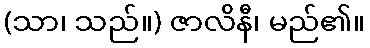
(သာ၊ သည်။) ဇာလိနီ၊ မည်၏။